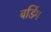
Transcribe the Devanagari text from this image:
बर्डिग